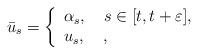
LaTeX: \begin{align*}\bar u_s=\left\{\begin{array}{l}\alpha_s, \ \ \ s\in[t,t+\varepsilon],\\u_s, \ \ \ ,\end{array}\right.\end{align*}